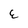
Character: E